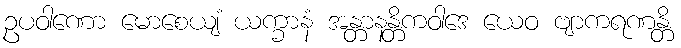
ဥပဝါဏော မောစေယျံ ယက္ခာနံ အန္တာနန္တိကဝါဒေ ယေဝ ဗျာကရဏန္တိ